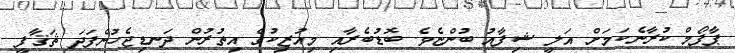
ޕާފޯމް ކުރާނެކަމަށް އަލީ ޝިފާއު ބުންޏެވެ. ބޮޑުބެރާއި މިއުޒިކުގެ އިތުރުން ދަނޑިޖެހުންފަދަ ޘަޤާފީ